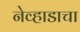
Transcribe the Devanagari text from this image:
नेव्हाडाचा